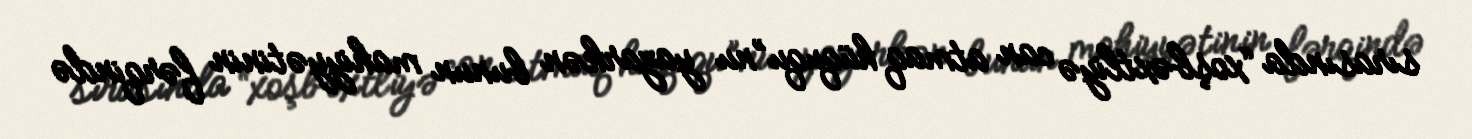
sırasında “xoşbəxtliyə can atmaq hüququ”nu yazarkən bunun mahiyyətinin fərqində